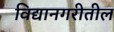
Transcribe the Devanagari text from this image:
विद्यानगरीतील